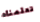
تعلمناه